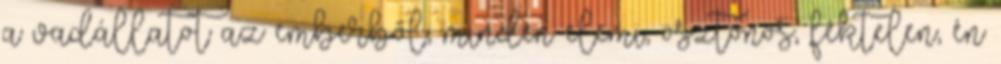
a vadállatot az emberből, minden elemi, ösztönös, féktelen, én